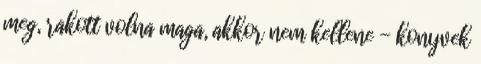
meg, rakott volna maga, akkor nem kellene - konyvek